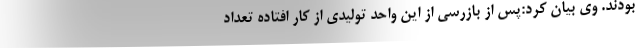
بودند. وی بیان کرد:پس از بازرسی از این واحد تولیدی از کار افتاده تعداد